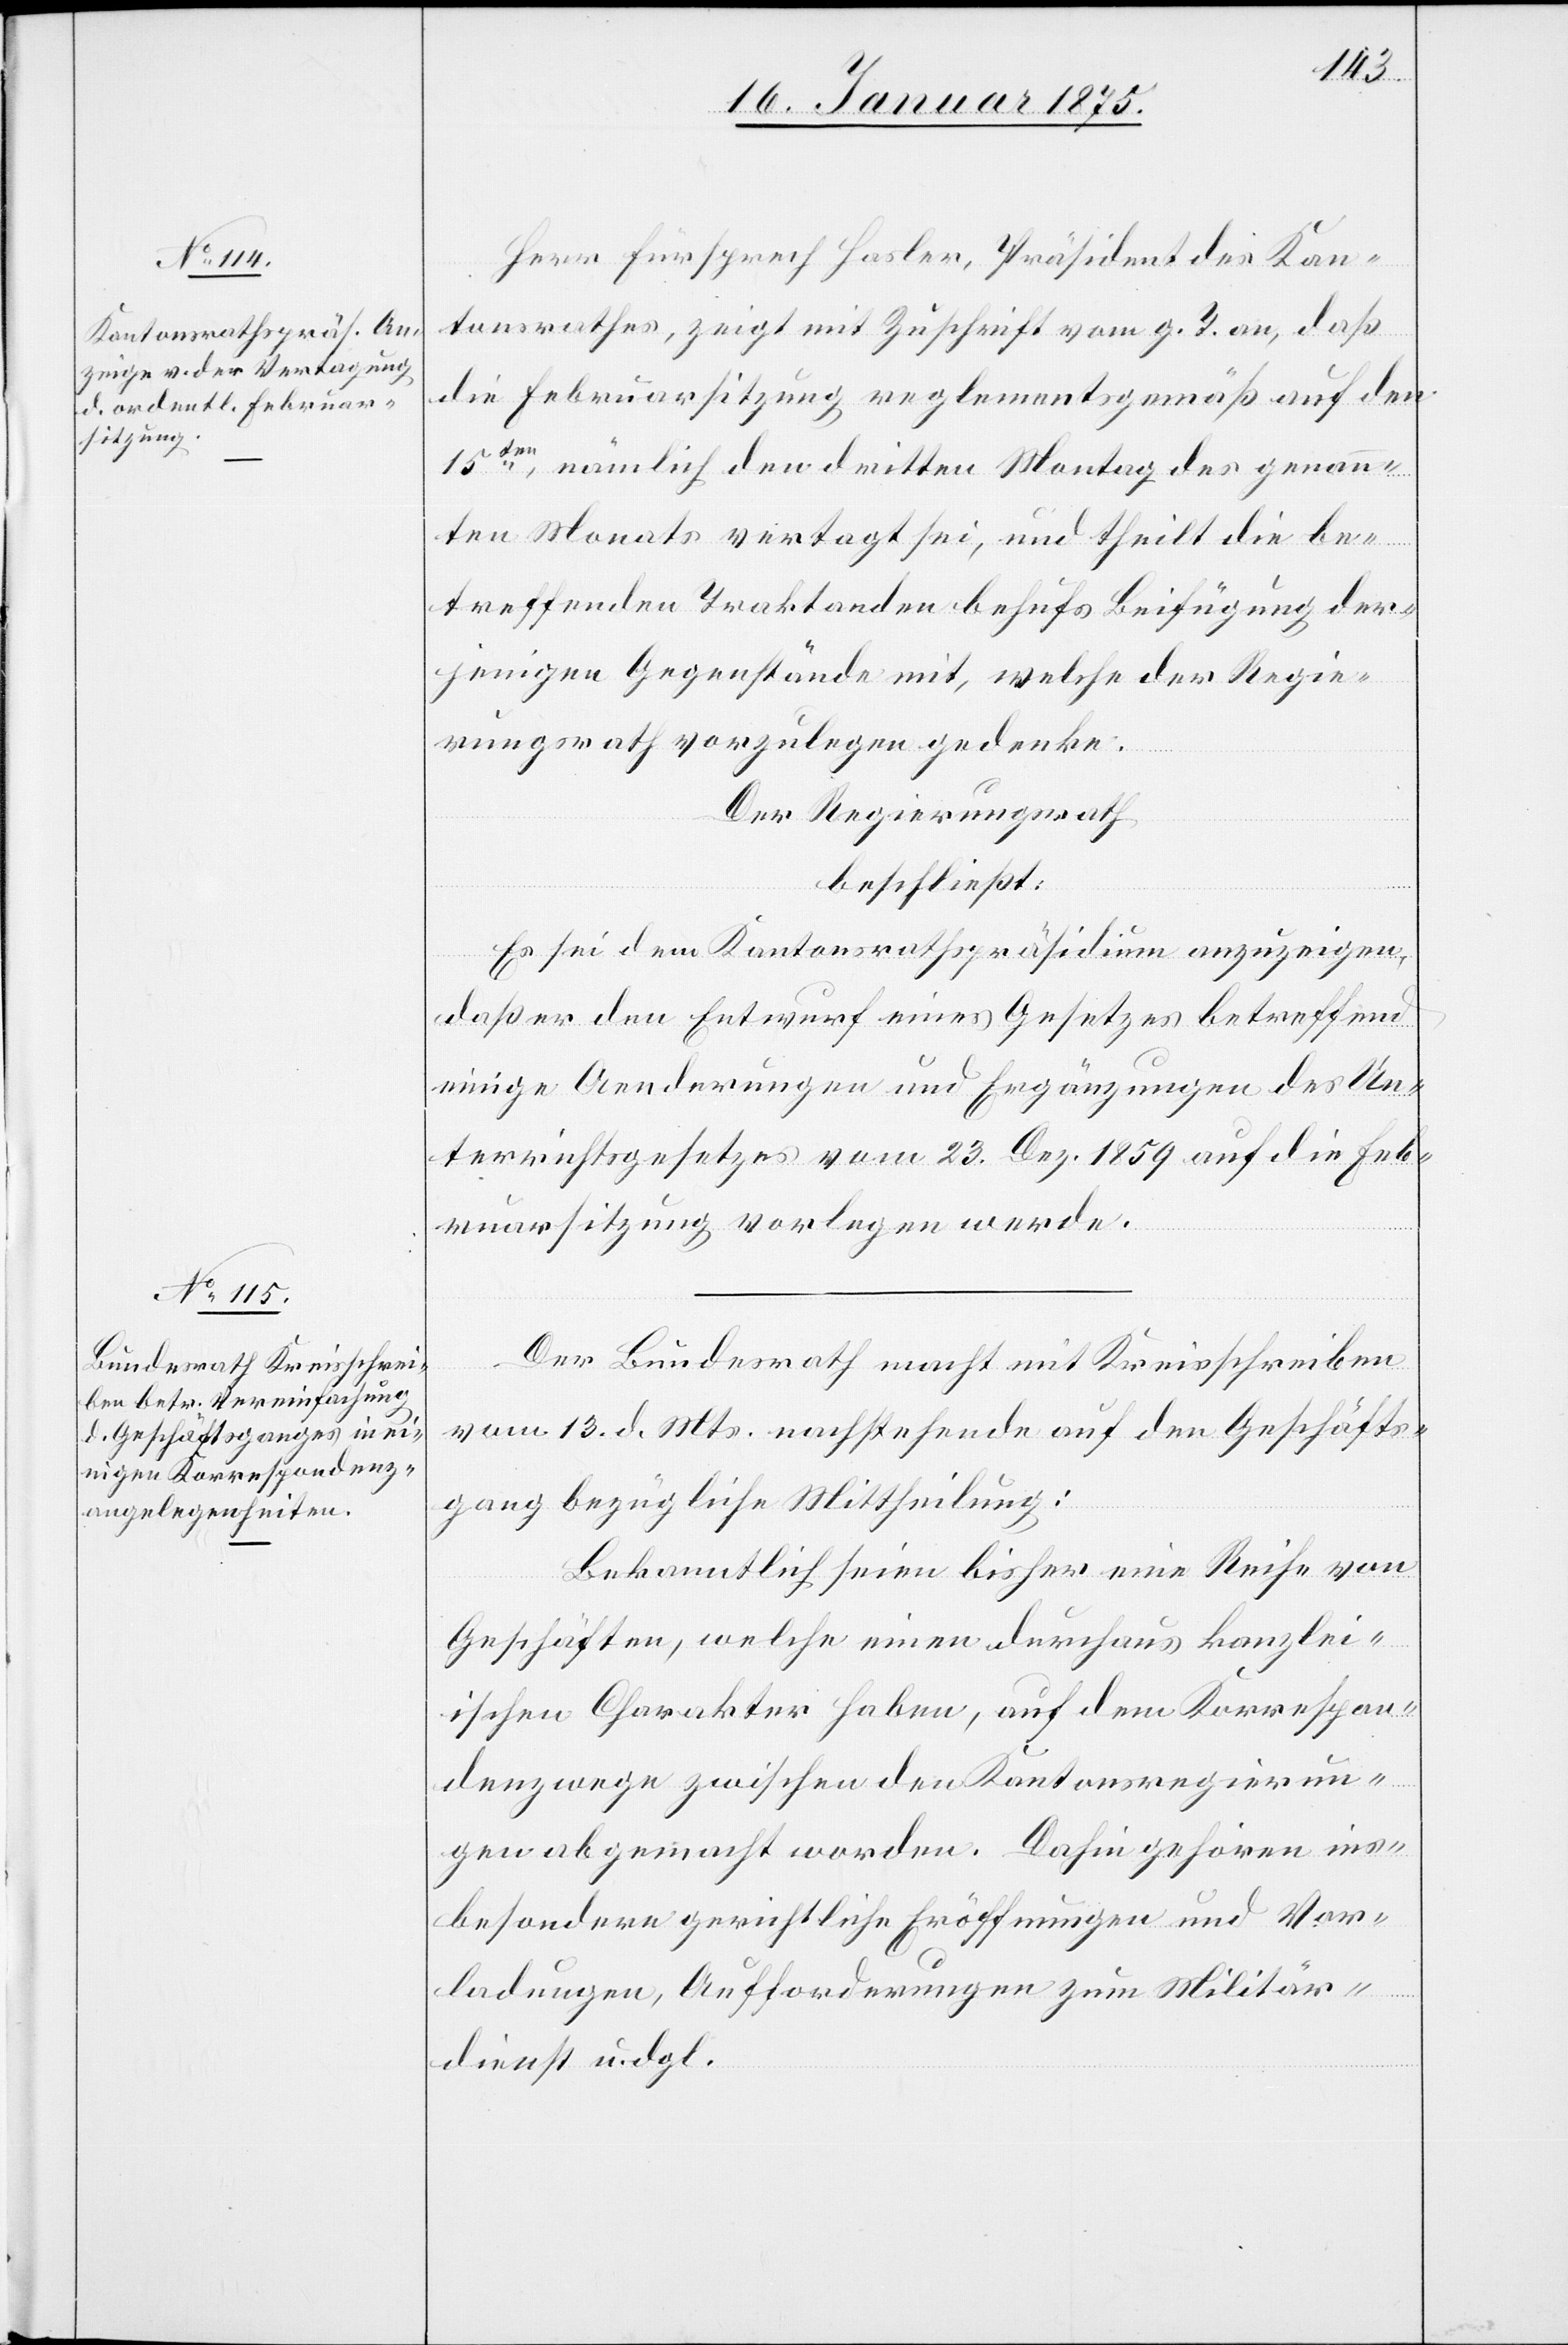
Herr Fürsprech Hasler, Präsident des Kan¬
tonsrathes, zeigt mit Zuschrift vom g. T. an, daß
die Februarsitzung reglementsgemäß auf den
15ten, nämlich den dritten Montag des genann¬
ten Monats vertagt sei, und theilt die be¬
treffenden Traktanden behufs Beifügung der¬
jenigen Gegenstände mit, welche der Regie¬
rungsrath vorzulegen gedenke:
Der Regierungsrath
beschließt:
Es sei dem Kantonsrathspräsidium anzuzeigen,
daß er den Entwurf eines Gesetzes betreffend
einige Aenderungen und Ergänzungen des Un¬
terrichtsgesetzes vom 23. Dez. 1859 auf die Feb¬
ruarsitzung vorlegen werde.
Der Bundesrath macht mit Kreisschreiben
vom 13. d. Mts. nachstehende auf den Geschäfts¬
gang bezügliche Mittheilung:
Bekanntlich seien bisher eine Reihe von
Geschäften, welche einen durchaus kanzlei¬
ischen Charakter haben, auf dem Korrespon¬
denzwege zwischen den Kantonsregierun¬
gen abgemacht worden. Dahin gehören ins¬
besondere gerichtliche Eröffnungen und Vor¬
ladungen, Aufforderungen zum Militär¬
dienst u. dgl.